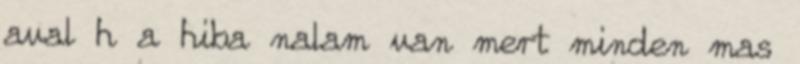
aval h a hiba nalam van mert minden mas